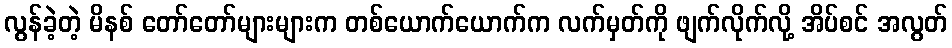
လွန်ခဲ့တဲ့ မိနစ် တော်တော်များများက တစ်ယောက်ယောက်က လက်မှတ်ကို ဖျက်လိုက်လို့ အိပ်စင် အလွတ်